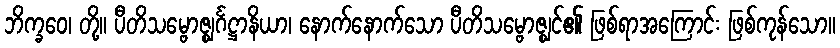
ဘိက္ခဝေ၊ တို့။ ပီတိသမ္ဗောဇ္ဈင်္ဂဋ္ဌာနိယာ၊ နောက်နောက်သော ပီတိသမ္ဗောဇ္ဈင်၏ ဖြစ်ရာအကြောင်း ဖြစ်ကုန်သော။